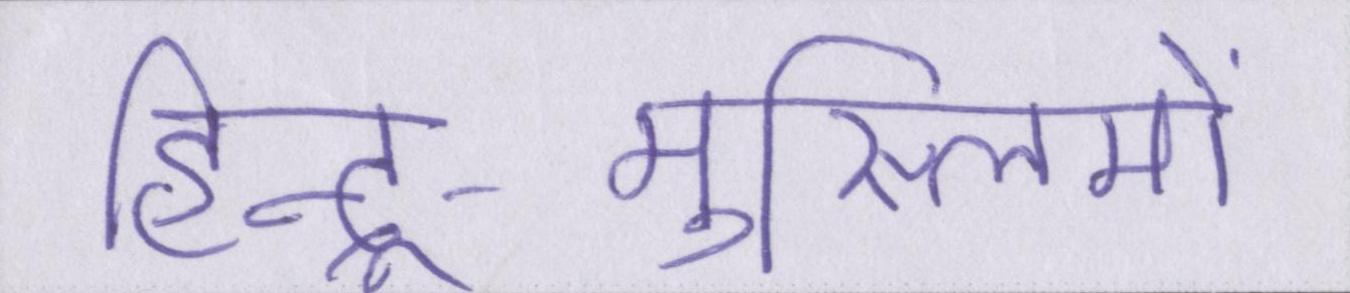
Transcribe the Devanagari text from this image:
हिन्दू-मुस्लिमों